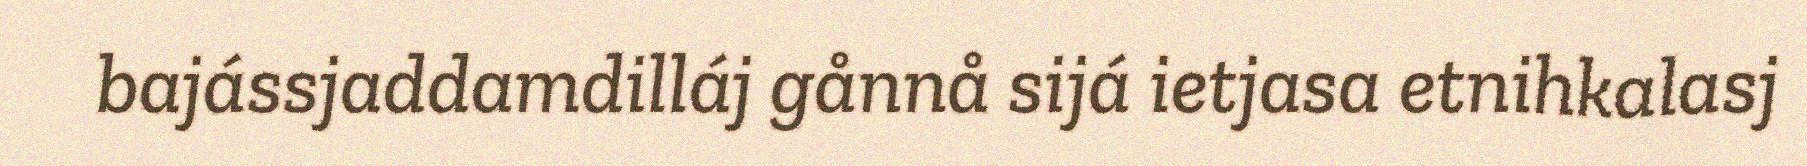
bajássjaddamdilláj gånnå sijá ietjasa etnihkalasj